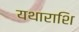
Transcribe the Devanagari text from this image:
यथाराशि